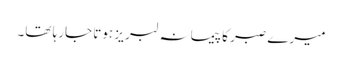
میرے صبر کا پیمانہ لبر یز ہوتا جارہا تھا۔